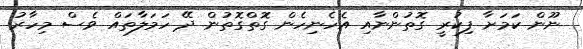
ނޫން ކަމަށާ ފިކުރީ ގޮތުންނާއި އެހެނިހެން ގޮތްގޮތުން ދޭ ހަމަލާތައް ވެސް މިހާރު